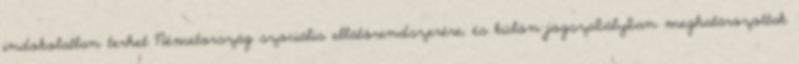
indokolatlan terhet Németország szociális ellátórendszerére, és külön jogszabályban meghatározottak